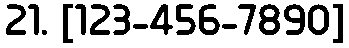
21. [123-456-7890]